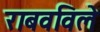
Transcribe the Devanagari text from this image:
राबवविले